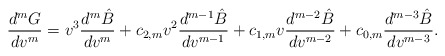
\begin{align*} \frac{d^mG}{dv^m}=v^3\frac{d^m\hat{B}}{dv^m}+c_{2,m}v^2\frac{d^{m-1}\hat{B}}{dv^{m-1}}+c_{1,m}v\frac{d^{m-2}\hat{B}}{dv^{m-2}}+c_{0,m}\frac{d^{m-3}\hat{B}}{dv^{m-3}}.\end{align*}